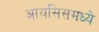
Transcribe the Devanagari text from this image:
आयसिसमध्ये